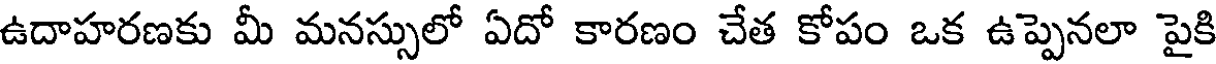
ఉదాహరణకు మీ మనస్సులో ఏదో కారణం చేత కోపం ఒక ఉప్పెనలా పైకి